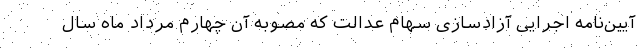
آیین‌نامه اجرایی آزادسازی سهام عدالت که مصوبه آن چهارم مرداد ماه سال